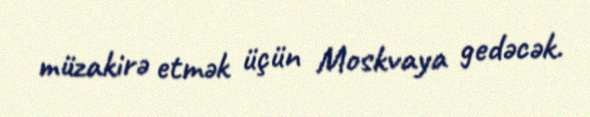
müzakirə etmək üçün Moskvaya gedəcək.